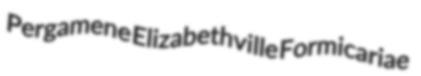
Pergamene Elizabethville Formicariae